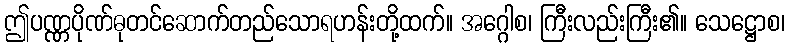
ဤပဏ္ဏပိုဏ်ဓုတင်ဆောက်တည်သောရဟန်းတို့ထက်။ အဂ္ဂေါစ၊ ကြီးလည်းကြီး၏။ သေဋ္ဌောစ၊